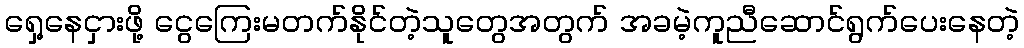
ရှေ့နေငှားဖို့ ငွေကြေးမတက်နိုင်တဲ့သူတွေအတွက် အခမဲ့ကူညီဆောင်ရွက်ပေးနေတဲ့